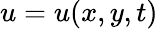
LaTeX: u=u(x,y,t)